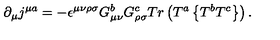
\partial _ { \mu } j ^ { \mu a } = - \epsilon ^ { \mu \nu \rho \sigma } G _ { \mu \nu } ^ { b } G _ { \rho \sigma } ^ { c } T r \left( T ^ { a } \left\{ T ^ { b } T ^ { c } \right\} \right) .